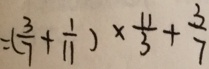
= ( \frac { 3 } { 7 } + \frac { 1 } { 1 1 } ) \times \frac { 1 1 } { 3 } + \frac { 3 } { 7 }